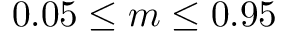
0 . 0 5 \leq m \leq 0 . 9 5